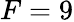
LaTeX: F=9